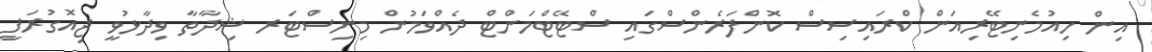
އިން ހިއުމެނިޓޭރިއަން ކްރައިސިސް ކޮންފަރެންސްގައި ސްޓޭޓްމަންޓް ދެއްވަމުން މިނިސްޓަރ ޝިދާތާ ވިދާޅުވީ ޖިއޮގުރަފީ